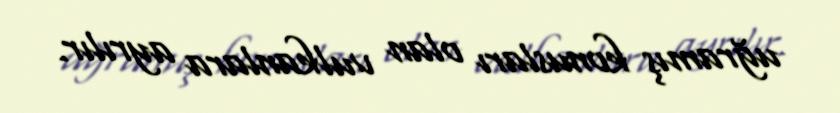
uğramış konusları olan vulkanlara ayrılır.